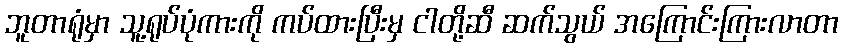
ဘူတာရုံမှာ သူ့ရုပ်ပုံကားကို ကပ်ထားပြီးမှ ငါတို့ဆီ ဆက်သွယ် အကြောင်းကြားလာတာ